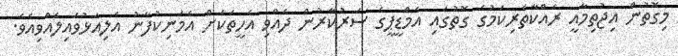
މިގޮތުން އިޖުތިމާއީ ރައްކާތެރިކަމުގެ ގޮތުގައި އެމްޑީޕީގެ ސަރުކާރުން ދެއްވި އެހީތަކަށް އެމަނިކުފާނު އަލިއަޅުވައިލެއްވިއެވެ.